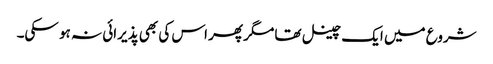
شروع میں ایک چینل تھا مگر پھر اس کی بھی پذیرائی نہ ہو سکی۔